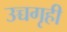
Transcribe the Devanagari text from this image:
उच्चगृही